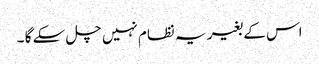
اس کے بغیر یہ نظام نہیں چل سکے گا ۔